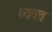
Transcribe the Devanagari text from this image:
व्‍यक्‍त